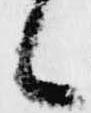
候